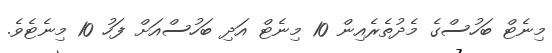
މިނެޓް ބަހުސްގެ މެދުތެރެއިން 10 މިނެޓް އަދި ބަހުސްއަށް ފަހު 10 މިނެޓެވެ.